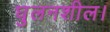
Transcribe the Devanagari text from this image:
घुलनशील।